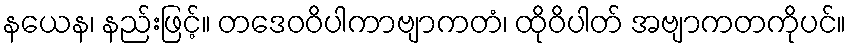
နယေန၊ နည်းဖြင့်။ တဒေဝဝိပါကာဗျာကတံ၊ ထိုဝိပါတ် အဗျာကတကိုပင်။